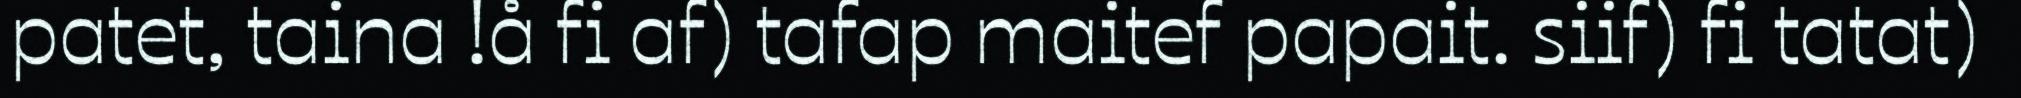
patet, taina !å fi af) tafap maitef papait. siif) fi tatat)